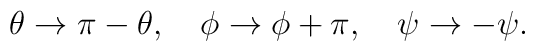
\theta \to \pi - \theta, \quad \phi \to \phi + \pi, \quad \psi \to-\psi.